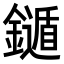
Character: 𨮐